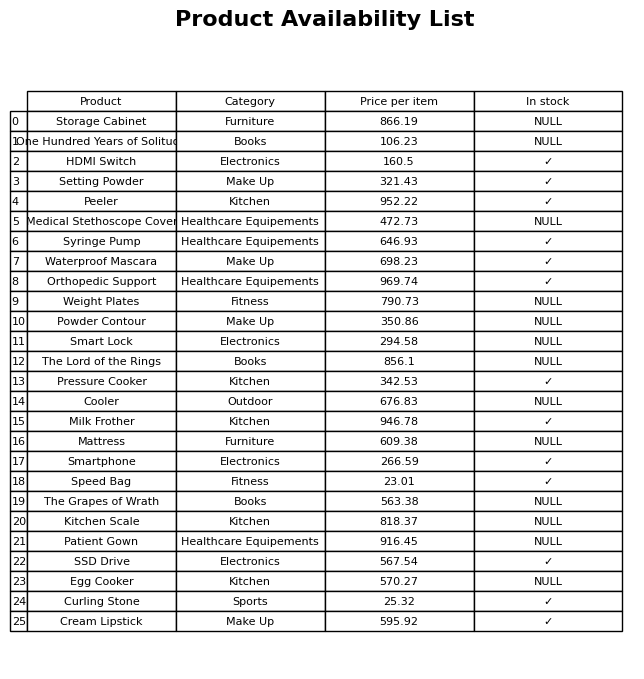
question: What is the stock status of the Medical Stethoscope Cover?
answer: NULL